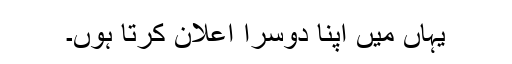
یہاں میں اپنا دوسرا اعلان کرتا ہوں۔